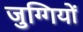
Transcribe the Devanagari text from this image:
जुग्गियों